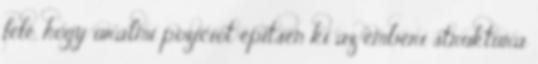
felé, hogy uralmi pozíciót építsen ki az emberi struktúra